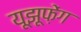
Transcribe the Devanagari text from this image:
यूझूफ़ेंग